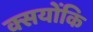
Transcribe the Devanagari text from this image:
क्सयोंकि